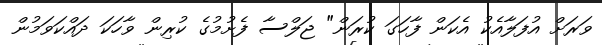
ވަރަށް އުފަލާއެކު އެކަން ފާހަގަ ކުރަން" ޖަލްސާ ފެށުމުގެ ކުރިން ވާހަކަ ދައްކަވަމުން